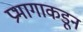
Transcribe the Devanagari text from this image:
प्रभागाकडून